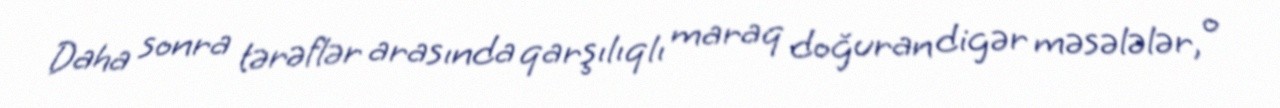
Daha sonra tərəflər arasında qarşılıqlı maraq doğuran digər məsələlər, o